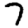
Digit: 7